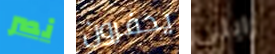
نصر يحفرون رايلي